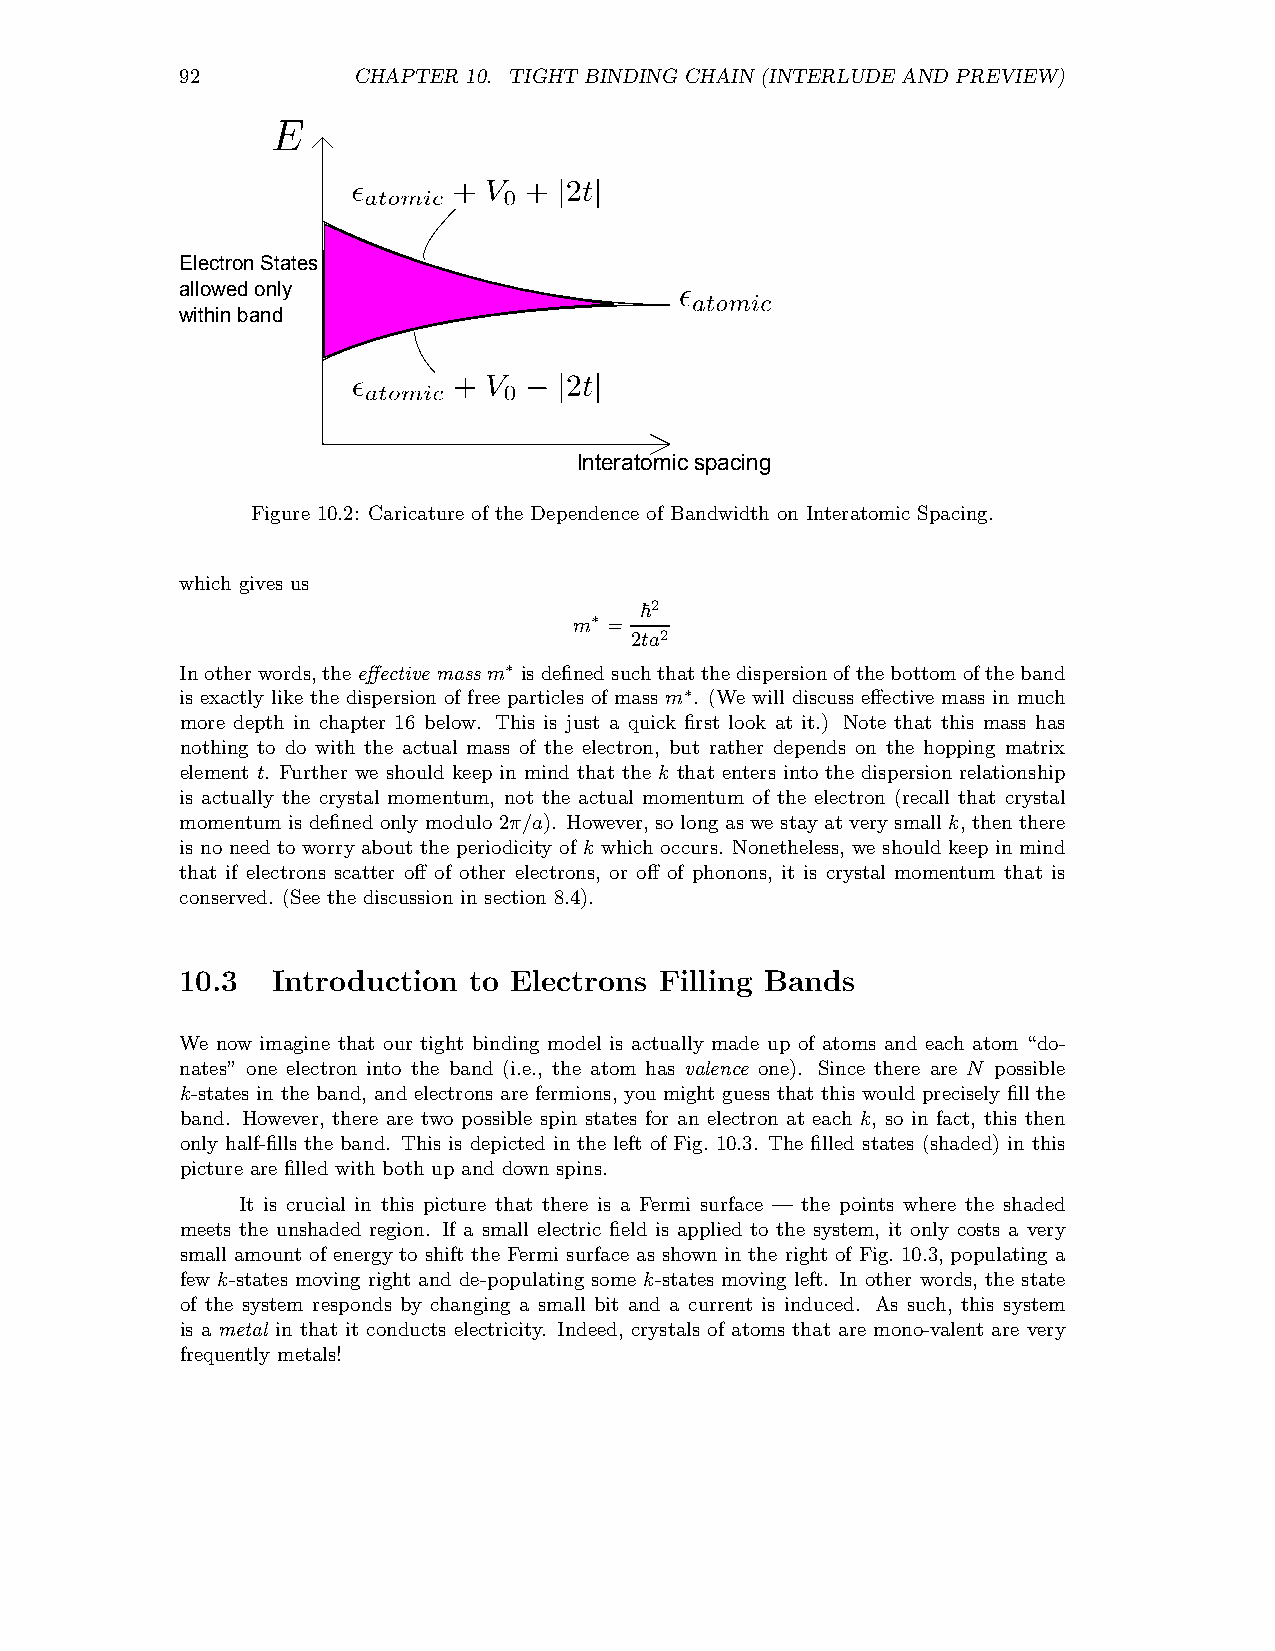
92         CHAPTER 10. TIGHT BINDING CHAIN (INTERLUDE AND PREVIEW)
 Electron States
 allowed only
 within band
 Interatomic spacing
 Figure 10.2: Caricature of the Dependence of Bandwidth on Interatomic Spacing.
 which gives us
 ~2
 m∗ =
 2ta2
 Inotherwords,theeffective massm∗ isdefinedsuchthatthe dispersionofthebottomofthe band
 is exactly like the dispersion of free particles of mass m∗. (We will discuss effective mass in much
 more depth in chapter 16 below. This is just a quick first look at it.) Note that this mass has
 nothing to do with the actual mass of the electron, but rather depends on the hopping matrix
 element t. Further we should keep in mind that the k that enters into the dispersion relationship
 is actually the crystal momentum, not the actual momentum of the electron (recall that crystal
 momentum is defined only modulo 2π/a). However,so long as we stay at very small k, then there
 is no need to worry about the periodicity of k which occurs. Nonetheless, we should keep in mind
 that if electrons scatter off of other electrons, or off of phonons, it is crystal momentum that is
 conserved. (See the discussion in section 8.4).
 10.3  Introduction to Electrons Filling Bands
 We now imagine that our tight binding model is actually made up of atoms and each atom “do-
 nates” one electron into the band (i.e., the atom has valence one). Since there are N possible
 k-states in the band, and electrons are fermions, you might guess that this would precisely fill the
 band. However, there are two possible spin states for an electron at each k, so in fact, this then
 only half-fills the band. This is depicted in the left of Fig. 10.3. The filled states (shaded) in this
 picture are filled with both up and down spins.
 It is crucial in this picture that there is a Fermi surface — the points where the shaded
 meets the unshaded region. If a small electric field is applied to the system, it only costs a very
 small amount of energy to shift the Fermi surface as shown in the right of Fig. 10.3, populating a
 few k-states moving right and de-populating some k-states moving left. In other words, the state
 of the system responds by changing a small bit and a current is induced. As such, this system
 is a metal in that it conducts electricity. Indeed, crystals of atoms that are mono-valent are very
 frequently metals!